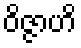
ဝိဇ္ဇာဟိ